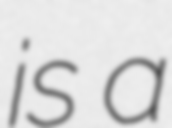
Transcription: is a